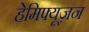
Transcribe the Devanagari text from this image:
हेमिफ्यूज़न